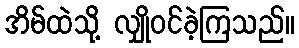
အိမ်ထဲသို့ လျှိုဝင်ခဲ့ကြသည်။